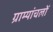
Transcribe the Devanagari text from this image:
ग्राम्यांचलोँ